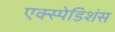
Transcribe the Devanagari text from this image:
एक्स्पेडिशंस